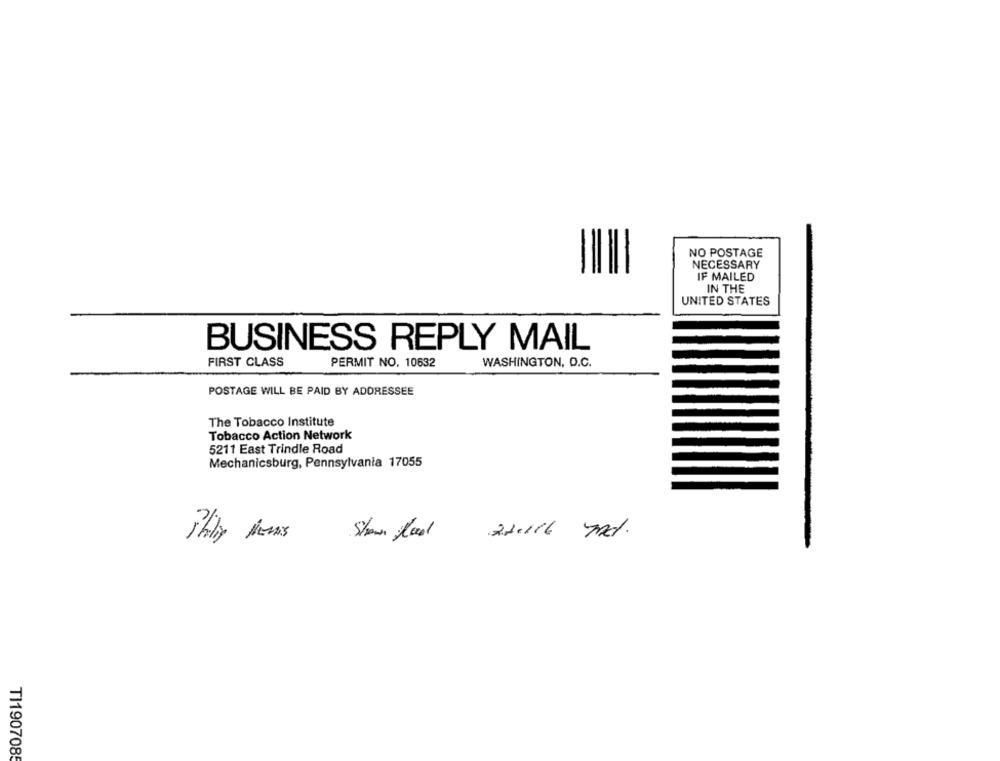
NO POSTAGE
NECESSARY
IF MAILED
IN THE
UNITED STATES
BUSINESS REPLY MAIL
FIRST CLASS
PERMIT NO. 10632
WASHINGTON, D.C.
POSTAGE WILL BE PAID BY ADDRESSEE
The Tobacco Institute
Tobacco Action Network
5211 East Trindle Road
Mechanicsburg, Pennsylvania 17055
21116 mnd.
TI190708